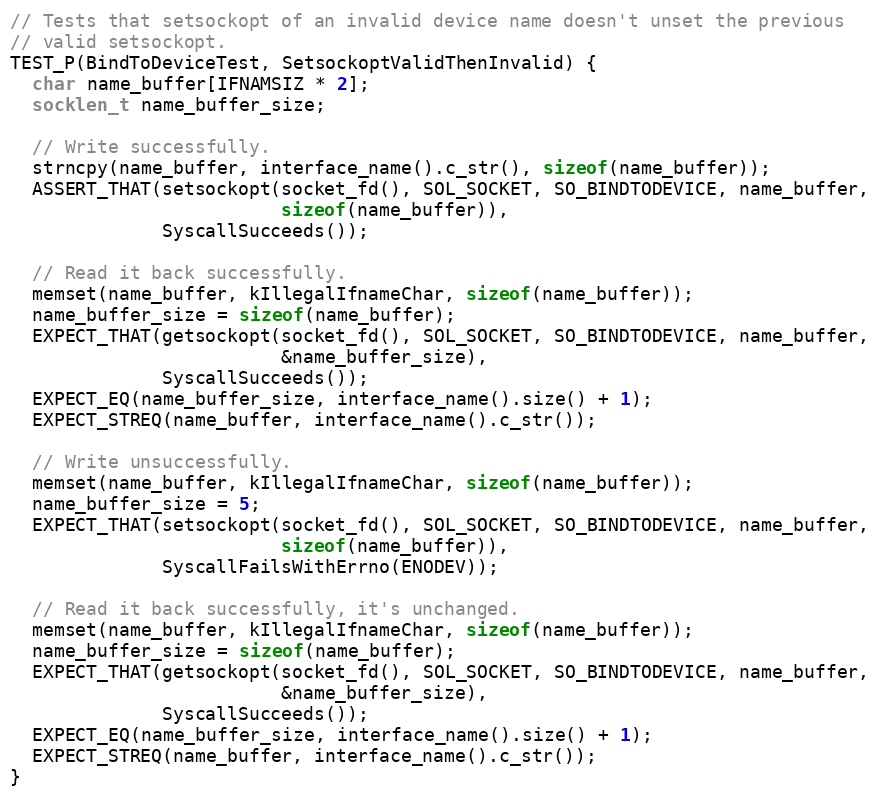
Language: C++
// Tests that setsockopt of an invalid device name doesn't unset the previous
// valid setsockopt.
TEST_P(BindToDeviceTest, SetsockoptValidThenInvalid) {
  char name_buffer[IFNAMSIZ * 2];
  socklen_t name_buffer_size;

  // Write successfully.
  strncpy(name_buffer, interface_name().c_str(), sizeof(name_buffer));
  ASSERT_THAT(setsockopt(socket_fd(), SOL_SOCKET, SO_BINDTODEVICE, name_buffer,
                         sizeof(name_buffer)),
              SyscallSucceeds());

  // Read it back successfully.
  memset(name_buffer, kIllegalIfnameChar, sizeof(name_buffer));
  name_buffer_size = sizeof(name_buffer);
  EXPECT_THAT(getsockopt(socket_fd(), SOL_SOCKET, SO_BINDTODEVICE, name_buffer,
                         &name_buffer_size),
              SyscallSucceeds());
  EXPECT_EQ(name_buffer_size, interface_name().size() + 1);
  EXPECT_STREQ(name_buffer, interface_name().c_str());

  // Write unsuccessfully.
  memset(name_buffer, kIllegalIfnameChar, sizeof(name_buffer));
  name_buffer_size = 5;
  EXPECT_THAT(setsockopt(socket_fd(), SOL_SOCKET, SO_BINDTODEVICE, name_buffer,
                         sizeof(name_buffer)),
              SyscallFailsWithErrno(ENODEV));

  // Read it back successfully, it's unchanged.
  memset(name_buffer, kIllegalIfnameChar, sizeof(name_buffer));
  name_buffer_size = sizeof(name_buffer);
  EXPECT_THAT(getsockopt(socket_fd(), SOL_SOCKET, SO_BINDTODEVICE, name_buffer,
                         &name_buffer_size),
              SyscallSucceeds());
  EXPECT_EQ(name_buffer_size, interface_name().size() + 1);
  EXPECT_STREQ(name_buffer, interface_name().c_str());
}